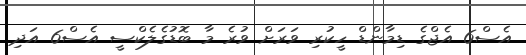
އެސް6 އެޖްގެ ޑިމާންޑް ހީކުރި ވަރަށް ވުރެ މާ ބޮޑުގެލެކްސީ އެސް6 އަދި